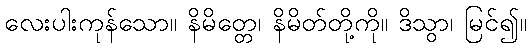
လေးပါးကုန်သော။ နိမိတ္တေ၊ နိမိတ်တို့ကို။ ဒိသွာ၊ မြင်၍။